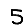
Digit: 5